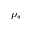
\rho _ { * }